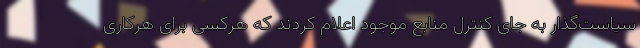
سیاست‌گذار به جای کنترل منابع موجود اعلام کردند که هرکسی برای هرکاری